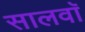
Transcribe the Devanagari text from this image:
सालवाॅ